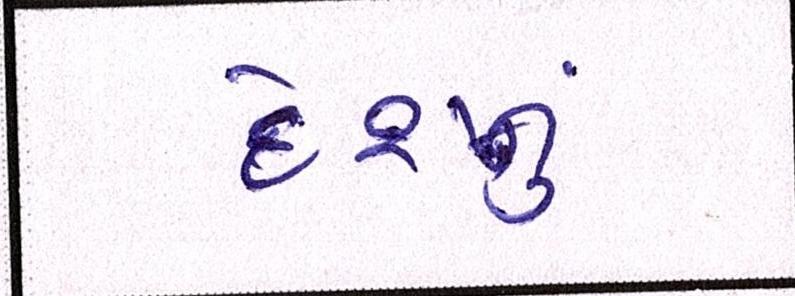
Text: દેશનું